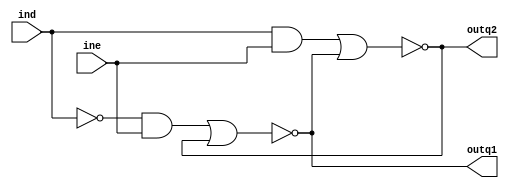
module inv(
    input ind, ine,
    output outq1, outq2
    );
    assign outq1 = !((!ind&ine)||outq2);
    assign outq2 = !((ind&ine)||outq1);
endmodule